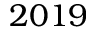
2 0 1 9